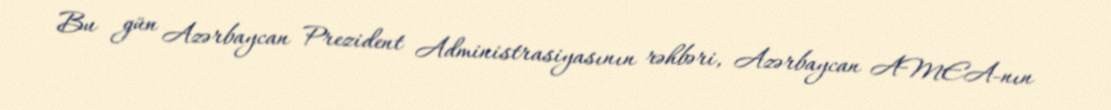
Bu gün Azərbaycan Prezident Administrasiyasının rəhbəri, Azərbaycan AMEA-nın